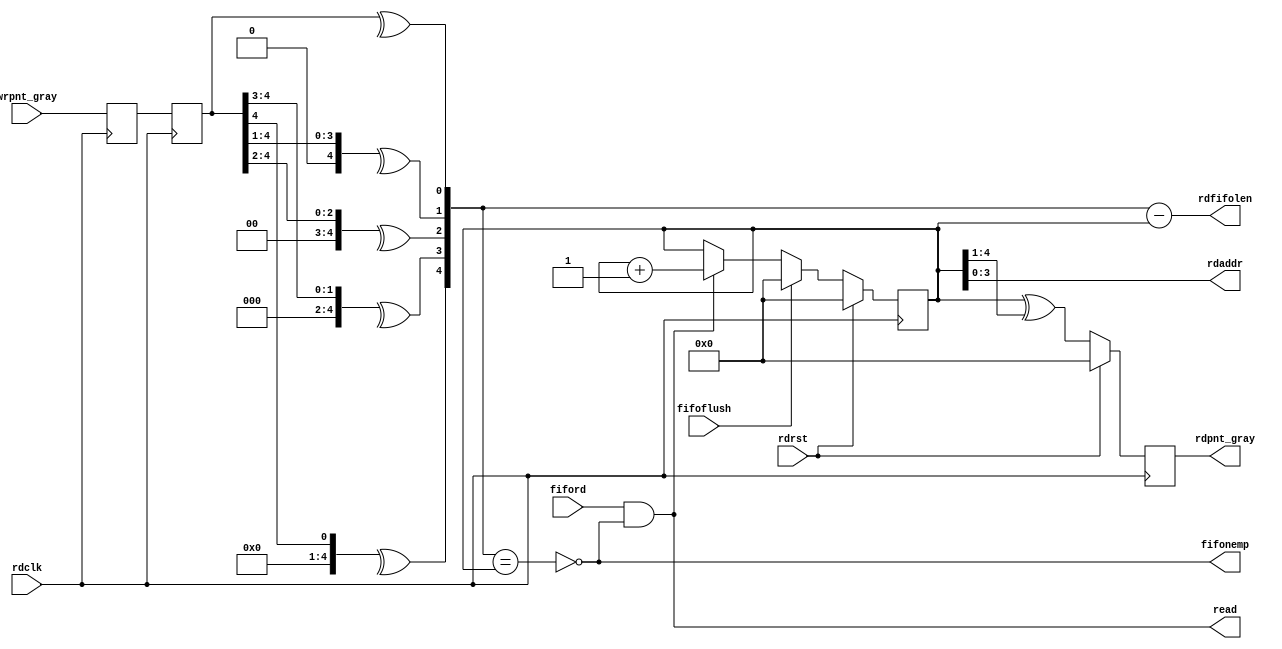
module convclk_grayffrd
    (
     rdclk,
     rdrst,

     fiford,
     fifoflush,
     fifonemp,
     rdfifolen,
     rdpnt_gray,     //use to synchronize @ wrclk
     
     rdaddr,
     read,

     // Write pointer @ wrclk
     wrpnt_gray
     );

////////////////////////////////////////////////////////////////////////////////
// Parameter declarations
parameter   ADDRB = 4;
parameter   FSHW = 2;  //normal = 2, improve timing = 3 

////////////////////////////////////////////////////////////////////////////////
// Port declarations
input               rdclk;
input               rdrst;

input               fiford;
input               fifoflush;
output              fifonemp;
output [ADDRB:0]    rdfifolen;  // for detailed internal status
output [ADDRB:0]    rdpnt_gray;

output [ADDRB-1:0]  rdaddr;
output              read;

input [ADDRB:0]     wrpnt_gray;
////////////////////////////////////////////////////////////////////////////////
// Output declarations


////////////////////////////////////////////////////////////////////////////////
// Local logic and instantiation
//synchronize read pointer
reg [ADDRB:0]       wrpnt_gray1= {(ADDRB+1){1'b0}};
reg [ADDRB:0]       wrpnt_gray2= {(ADDRB+1){1'b0}};
//always @ ( posedge rdclk or negedge rdrst_ )
always @ ( posedge rdclk)
    //if(rdrst)
    //    begin
    //    wrpnt_gray1  <= {(ADDRB+1){1'b0}};
    //    wrpnt_gray2  <= {(ADDRB+1){1'b0}};
    //    end
    //else
        begin
        wrpnt_gray1  <= wrpnt_gray;
        wrpnt_gray2  <= wrpnt_gray1;      
        end

reg [ADDRB:0] wrpnt_bin = {(ADDRB+1){1'b0}};    //write pointer after decode Gray code
reg [ADDRB:0] wrpnt_bin_n= {(ADDRB+1){1'b0}};    //write pointer after decode Gray code
integer       i;
always @ (wrpnt_gray2)  for (i=0;i<(ADDRB+1);i=i+1) wrpnt_bin_n[i] = ^(wrpnt_gray2[ADDRB:0]>>i);

generate
    begin
    if (FSHW == 2)
        begin: inst_2clkpp
        always @ (wrpnt_bin_n)  wrpnt_bin = wrpnt_bin_n;
        end
    else
        begin: inst_3clkpp
        always @ (posedge rdclk)    wrpnt_bin <= wrpnt_bin_n;
        end
    end
endgenerate

//--------------------------------------------------
reg     [ADDRB:0]   rdpnt_bin= {(ADDRB+1){1'b0}};

wire                fifonemp;
assign              fifonemp    = ~ (wrpnt_bin[ADDRB:0] == rdpnt_bin[ADDRB:0]);

wire                read;
assign              read        = fiford & fifonemp;

wire [ADDRB-1:0]    rdaddr;
assign              rdaddr      = rdpnt_bin[ADDRB-1:0];

wire [ADDRB:0]      rdfifolen;
assign              rdfifolen   = wrpnt_bin[ADDRB:0] - rdpnt_bin[ADDRB:0];

//always @ ( posedge rdclk or negedge rdrst_ )
always @ ( posedge rdclk)
    if(rdrst)
        begin
        rdpnt_bin   <= {(ADDRB+1){1'b0}};
        end
    else
        begin
        if (fifoflush) rdpnt_bin <= {(ADDRB+1){1'b0}};
        else if (read) rdpnt_bin <= rdpnt_bin + 1'b1;      
        end

reg [ADDRB:0]       rdpnt_gray= {(ADDRB+1){1'b0}}; //Gray Encode
//always @ ( posedge rdclk or negedge rdrst_ )
always @ ( posedge rdclk)
    if(rdrst)
        begin
        rdpnt_gray   <= {(ADDRB+1){1'b0}};
        end
    else
        begin
        rdpnt_gray  <= rdpnt_bin ^ {1'b0,rdpnt_bin[ADDRB:1]};
        end

endmodule